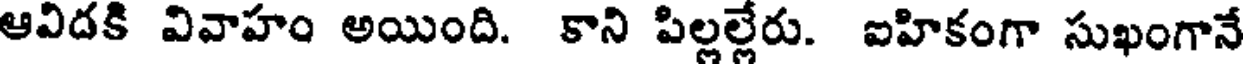
ఆవిదకి వివాహం అయింది. కాని పిల్లల్లేరు. ఐహికంగా సుఖంగానే